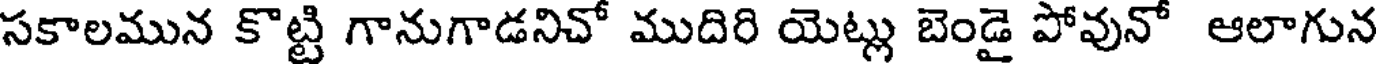
సకాలమున కొట్టి గానుగాడనిచో ముదిరి యెట్లు బెండై పోవునో ఆలాగున